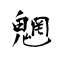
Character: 魍